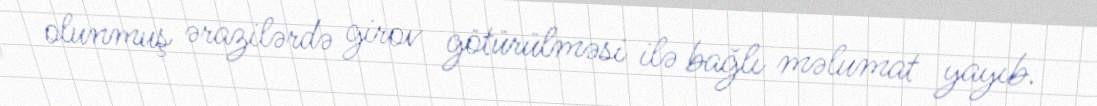
olunmuş ərazilərdə girov götürülməsi ilə bağlı məlumat yayıb.